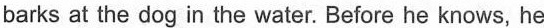
barks at the dog in the water. Before he knows, he